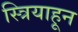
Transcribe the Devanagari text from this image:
स्त्रियाहून